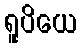
ရူပိယေ